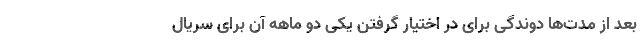
بعد از مدت‌ها دوندگی برای در اختیار گرفتن یکی دو ماهه آن برای سریال